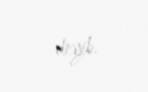
deyib.